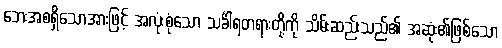
ဘေးအစရှိသောအားဖြင့် အလုံးစုံသော သင်္ခါရတရားတို့ကို သိမ်းဆည်းသည်၏ အဆုံး၏ဖြစ်သော